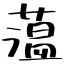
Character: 薀